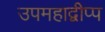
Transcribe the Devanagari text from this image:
उपमहाद्वीप्प